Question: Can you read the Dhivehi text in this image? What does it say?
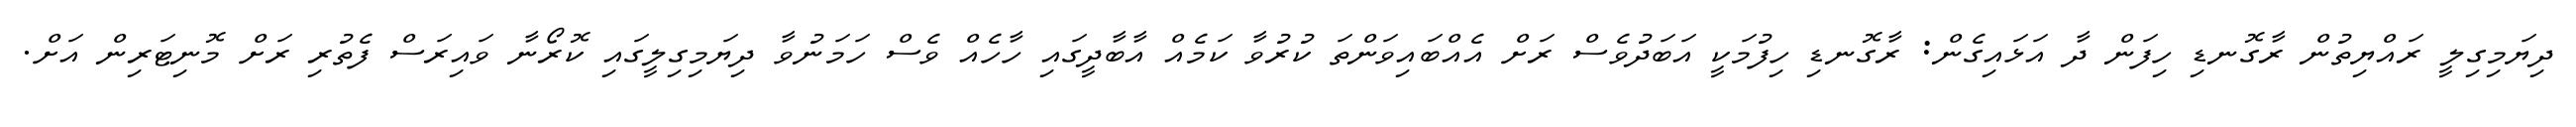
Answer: ދިޔަމިގިލީ ރައްޔިތުން ރާގޮނޑި ހިފަން ދާ އަޅައިގެން: ރާގޮނޑި ހިފުމަކީ އަބަދުވެސް ރަށް އެއްބައިވަންތަ ކުރުވާ ކަމެއް އާބާދީގައި ހާހެއް ވެސް ހަމަނުވާ ދިޔަމިގިލީގައި ކޮރޯނާ ވައިރަސް ފެތުރި ރަށް މޮނިޓަރިން އަށް.